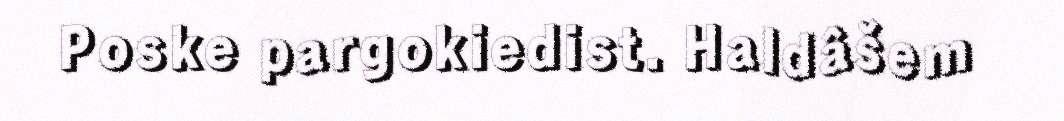
Poske pargokiedist. Haldâšem